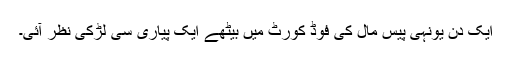
ایک دن یونہی پیس مال کی فوڈ کورٹ میں بیٹھے ایک پیاری سی لڑکی نظر آئی۔